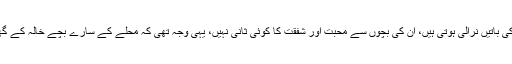
پرانے لوگوں کی باتیں نرالی ہوتی ہیں، اُن کی بچوں سے محبت اور شفقت کا کوئی ثانی نہیں، یہی وجہ تھی کہ محلے کے سارے بچے خالہ کے گھر جمع رہتے۔